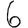
Digit: 6